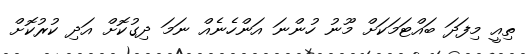
ތިއީ މިފަދަ ބައްޓަމަކަށް މޫނު ހުންނަ އަންހެނެއް ނަމަ ދިގުކޮށް އަދި ކުރުކޮށް